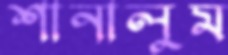
শানালুম